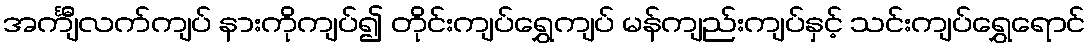
အင်္ကျီလက်ကျပ် နားကိုကျပ်၍ တိုင်းကျပ်ရွှေကျပ် မန်ကျည်းကျပ်နှင့် သင်းကျပ်ရွှေရောင်